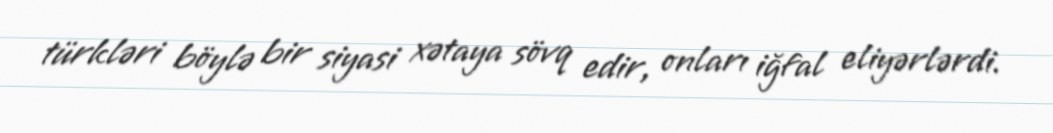
türkləri böylə bir siyasi xətaya sövq edir, onları iğfal eliyərlərdi.